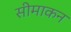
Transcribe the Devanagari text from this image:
सीमाकन